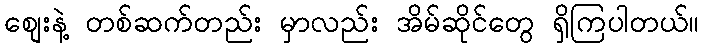
စျေးနဲ့ တစ်ဆက်တည်း မှာလည်း အိမ်ဆိုင်တွေ ရှိကြပါတယ်။